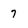
Character: 7